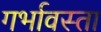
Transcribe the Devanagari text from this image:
गर्भावस्ता